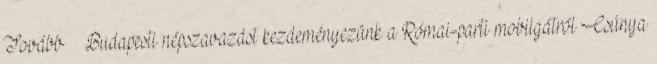
Tovább › ›Budapesti népszavazást kezdeményezünk a Római-parti mobilgátról Csúnya